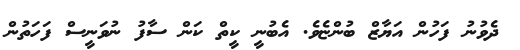
ދެވުނު ފަހުން އަޔާޒް ބުންޏެވެ. އެބުނީ ކީތް ކަން ސާފު ނުވަނީސް ފަހަތުން